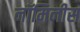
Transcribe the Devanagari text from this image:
नॉमिनीस